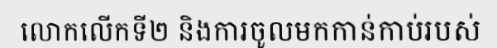
លោកលើកទី២ និងការចូលមកកាន់កាប់របស់